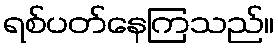
ရစ်ပတ်နေကြသည်။